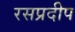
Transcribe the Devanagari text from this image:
रसप्रदीप